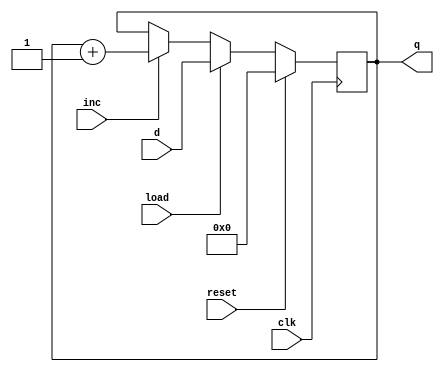
module counter(clk,reset,load,inc,d,q);
  parameter N=16;
   
  input clk,reset,load,inc;
  input [N-1:0] d;
  output [N-1:0] q;
  reg [N-1:0] 	 q;

  always @(posedge clk)
    if(reset) q <= 0;
    else if(load) q <= d;
    else if(inc) q <= q + 1;

endmodule